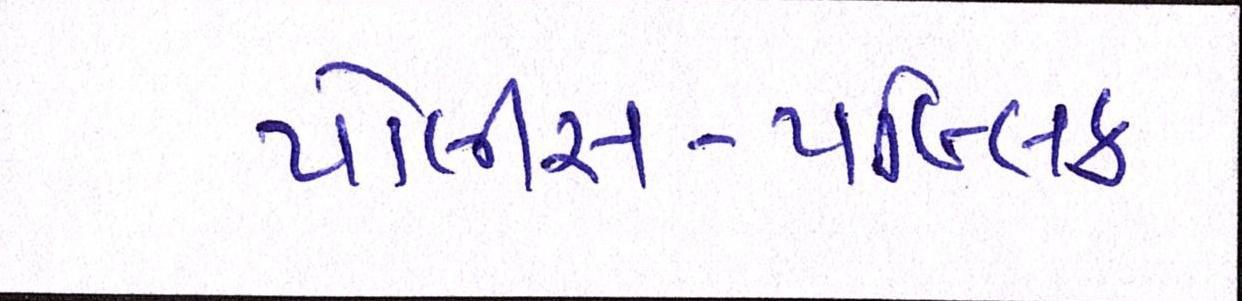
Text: પોલીસ-પબ્લિક